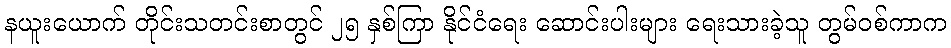
နယူးယောက် တိုင်းသတင်းစာတွင် ၂၅ နှစ်ကြာ နိုင်ငံရေး ဆောင်းပါးများ ရေးသားခဲ့သူ တွမ်ဝစ်ကာက